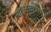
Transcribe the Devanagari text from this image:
त्याकाळापासून